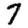
Digit: 7